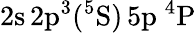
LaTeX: \mathrm{2s\, 2p^{3}(^{5}S)\, 5p~^{4}P}